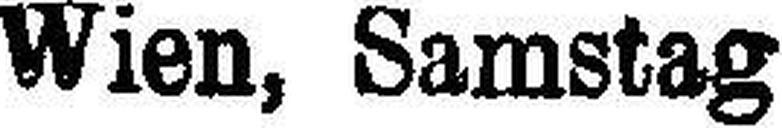
Wien, Samstag